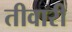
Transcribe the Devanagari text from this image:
तीवारी